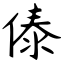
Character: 傣